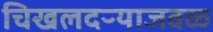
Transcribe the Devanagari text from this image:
चिखलदऱ्याजवळ